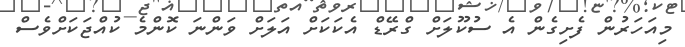
މިއަހަރުން ފެށިގެން އެ ސުކޫލަށް ގްރޭޑް އެކަކަށް އަލަށް ވަންނަ ކޮންމެ ކުއްޖަކަށްވެސް